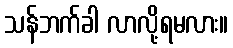
သန်ဘက်ခါ လာလို့ရမလား။